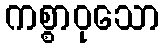
ကစ္စာဝုသော